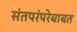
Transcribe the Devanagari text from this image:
संतपरंपरेबाबत